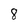
Character: 8